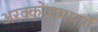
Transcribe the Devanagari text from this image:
अरक्कोणममार्गे